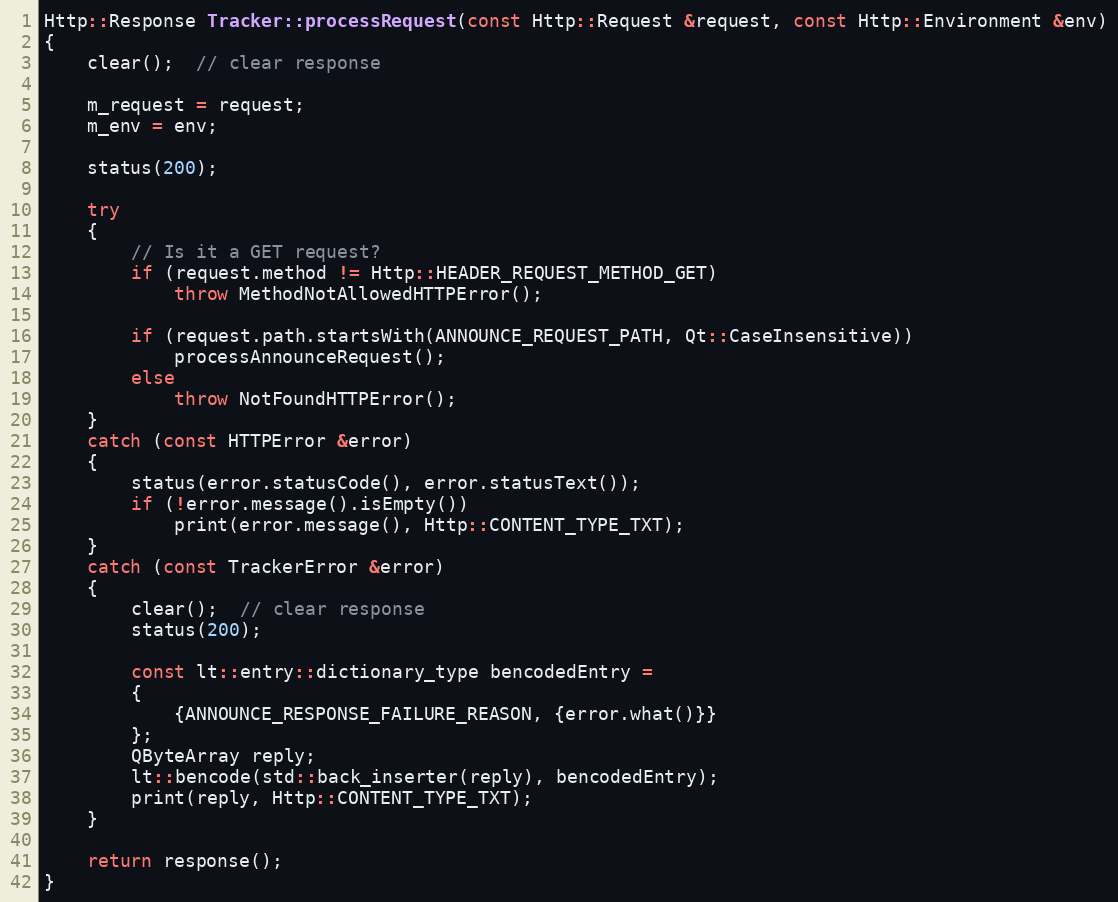
Language: C++
Http::Response Tracker::processRequest(const Http::Request &request, const Http::Environment &env)
{
    clear();  // clear response

    m_request = request;
    m_env = env;

    status(200);

    try
    {
        // Is it a GET request?
        if (request.method != Http::HEADER_REQUEST_METHOD_GET)
            throw MethodNotAllowedHTTPError();

        if (request.path.startsWith(ANNOUNCE_REQUEST_PATH, Qt::CaseInsensitive))
            processAnnounceRequest();
        else
            throw NotFoundHTTPError();
    }
    catch (const HTTPError &error)
    {
        status(error.statusCode(), error.statusText());
        if (!error.message().isEmpty())
            print(error.message(), Http::CONTENT_TYPE_TXT);
    }
    catch (const TrackerError &error)
    {
        clear();  // clear response
        status(200);

        const lt::entry::dictionary_type bencodedEntry =
        {
            {ANNOUNCE_RESPONSE_FAILURE_REASON, {error.what()}}
        };
        QByteArray reply;
        lt::bencode(std::back_inserter(reply), bencodedEntry);
        print(reply, Http::CONTENT_TYPE_TXT);
    }

    return response();
}